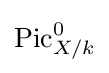
\operatorname {Pic} _{X/k}^{0}